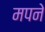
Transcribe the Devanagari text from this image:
मपने